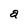
Character: a